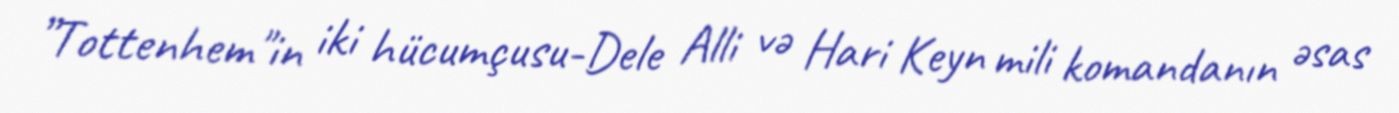
”Tottenhem"in iki hücumçusu-Dele Alli və Hari Keyn mili komandanın əsas